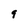
Character: 9